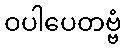
ဝပါပေတဗ္ဗံ